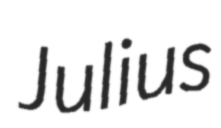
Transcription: Julius